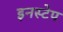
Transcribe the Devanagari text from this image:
इनस्टेप